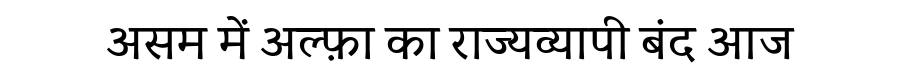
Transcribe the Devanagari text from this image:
असम में अल्फ़ा का राज्यव्यापी बंद आज